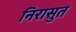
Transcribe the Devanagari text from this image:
निरासुत